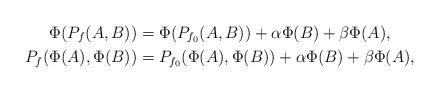
LaTeX: \begin{align*}\Phi(P_f(A,B))&=\Phi(P_{f_0}(A,B))+\alpha\Phi(B)+\beta\Phi(A), \\P_f(\Phi(A),\Phi(B))&=P_{f_0}(\Phi(A),\Phi(B))+\alpha\Phi(B)+\beta\Phi(A),\end{align*}